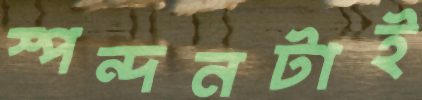
স্পন্দনটাই